Laidoner,_Johan, lk 102
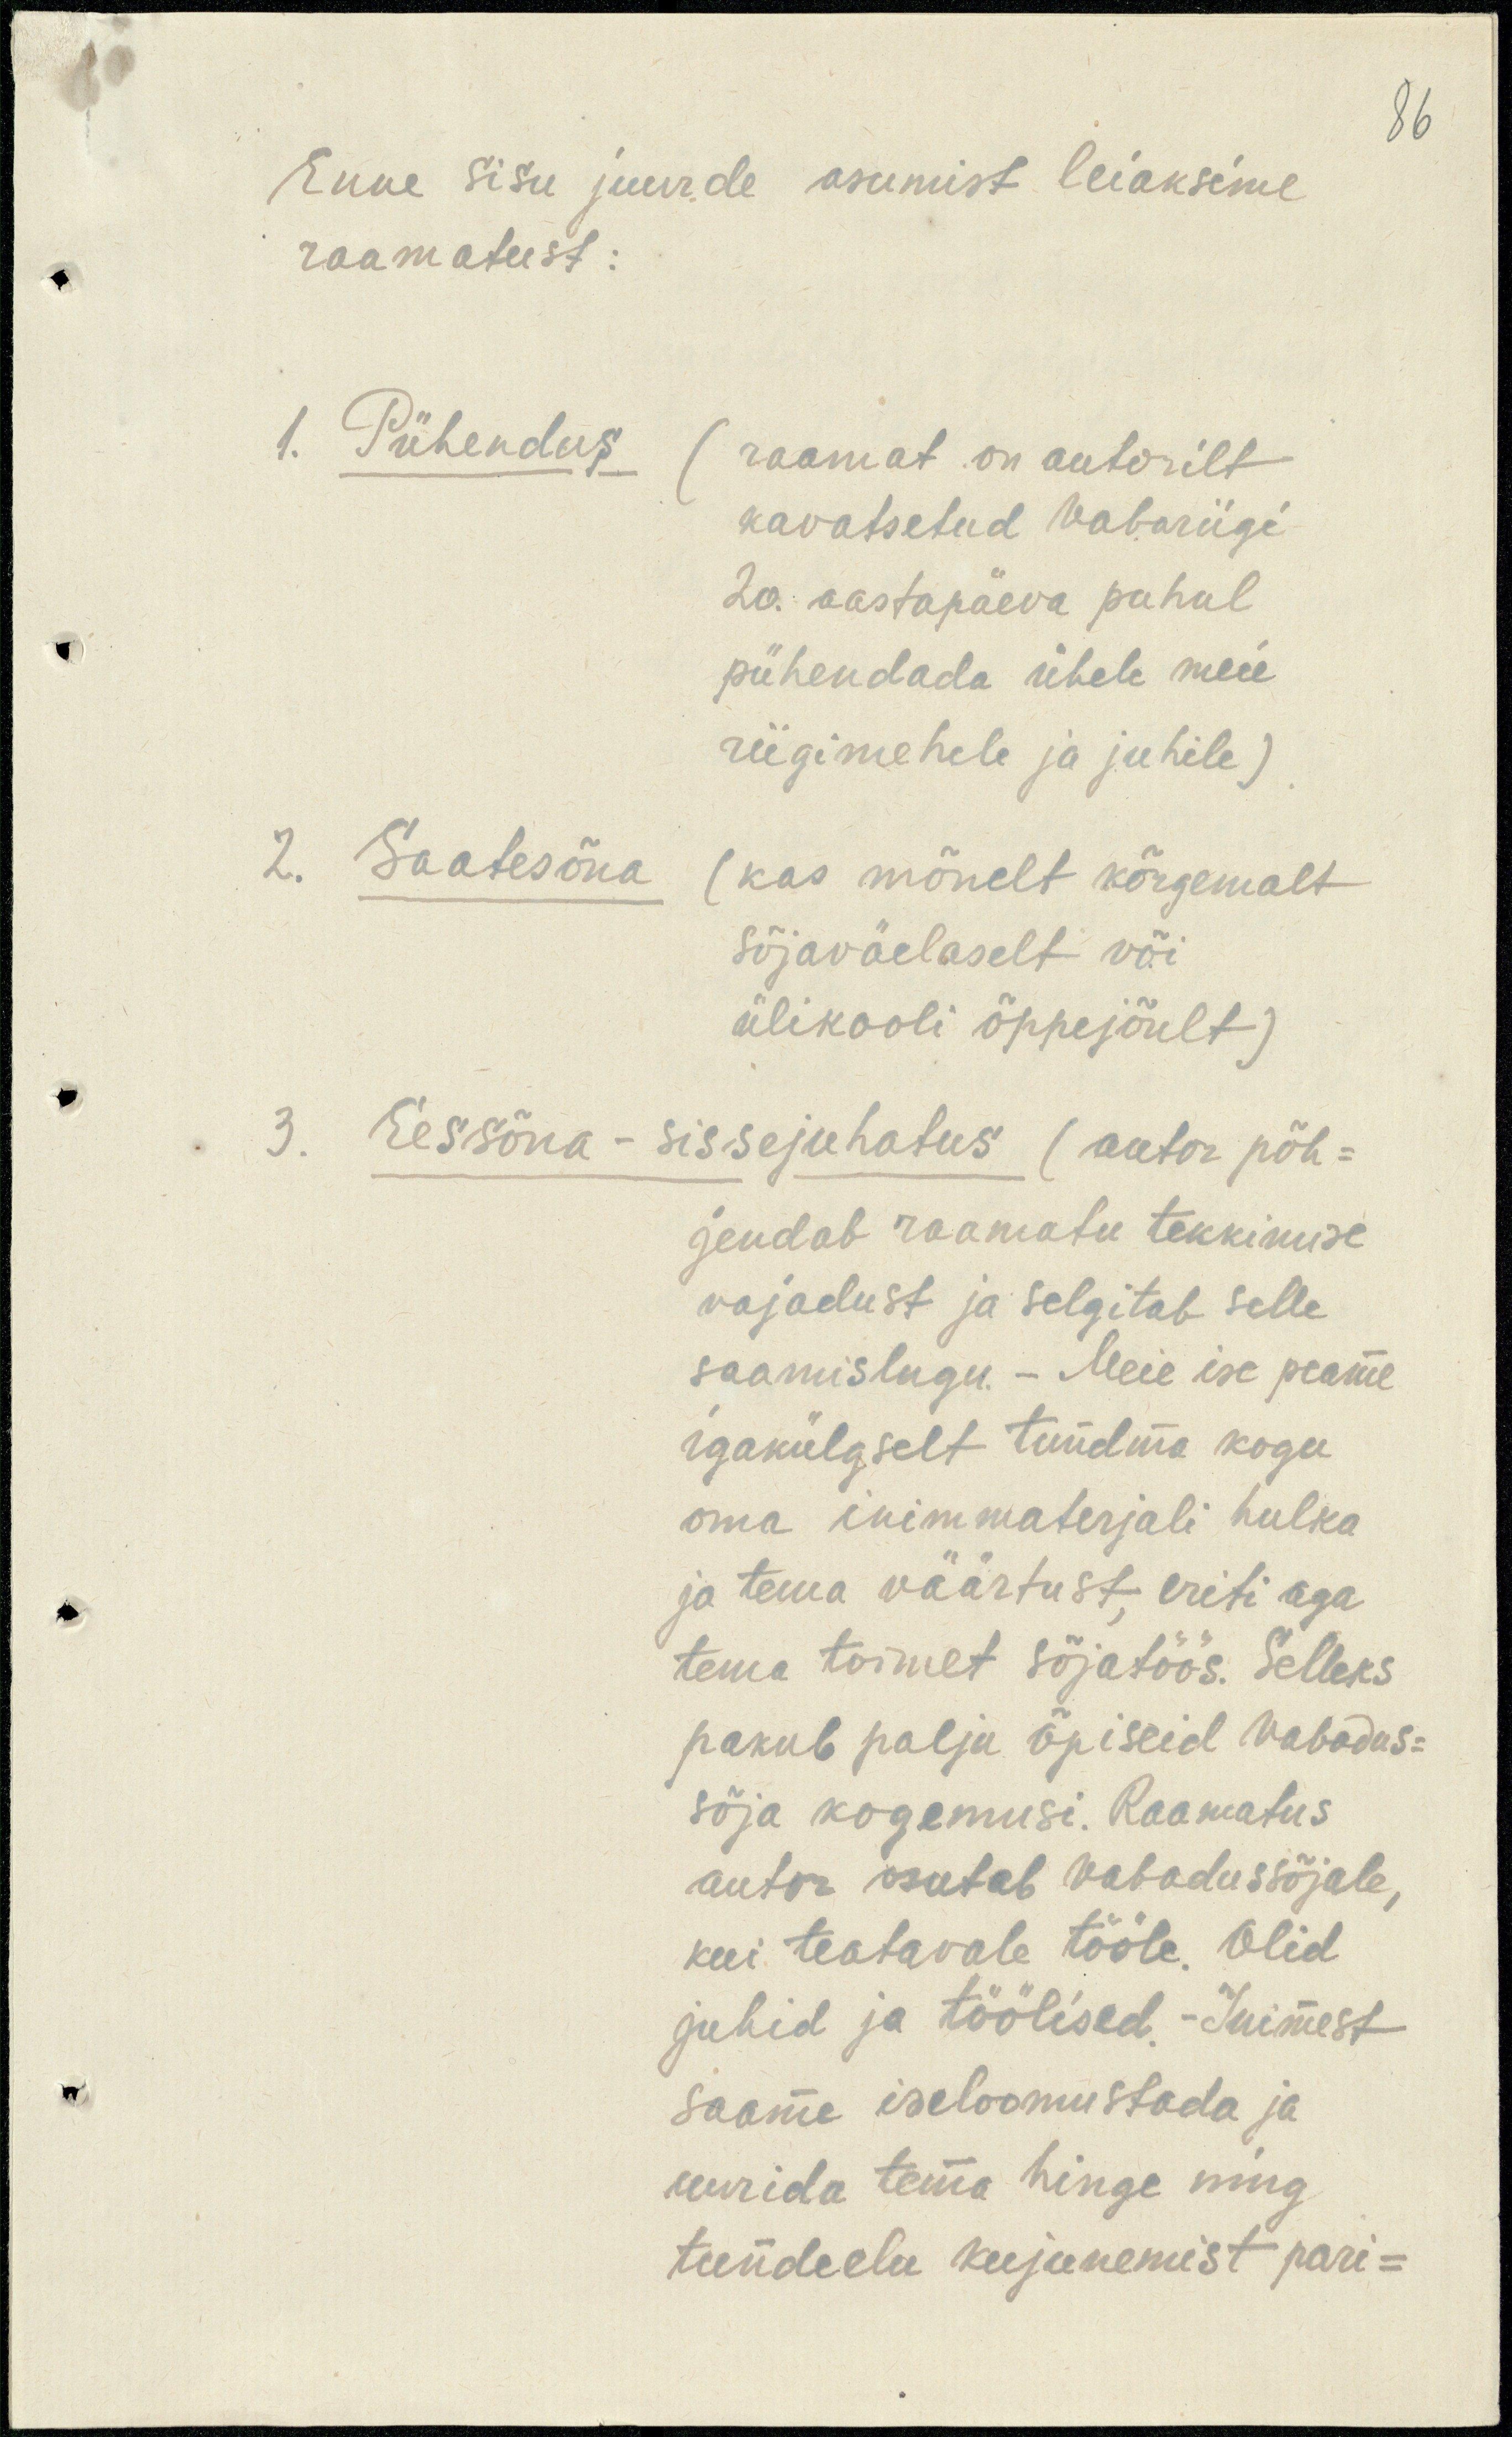
86
Enne sisu juurde asumist leiaksime
raamatust:
1. Pühendus
(raamat on autorilt
kavatsetud Vabariigi
20. aastapäeva puhul
pühendada ühele meie
riigimehele ja juhile).
2. Saatesõna
(kas mõnelt kõrgemalt
sõjaväelaselt või
ülikooli õppejõult)
3. Eessõna - sissejuhatus (autor põh-
jendab raamatu tekkimise
vajadust ja selgitab selle
saamislugu. - Meie ise peame
igakülaselt tundma kogu
oma inimmaterjali hulka
ja tema väärtust, eriti aga
tema toimet sõjatöös. Selleks
pakub palju õpiseid Vabadus-
sõja kogemusi. Raamatus
autor osutab vabadussõjale,
kui teatavale tööle. Olid
juhid ja töölised. - Inimest
saame iseloomustada ja
uurida tema hinge ning
tundeelu kujunemist pari-